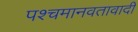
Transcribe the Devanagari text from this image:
पश्चमानवतावादी